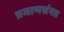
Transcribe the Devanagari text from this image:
प्रमाणसंगत